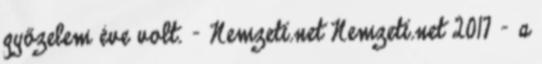
győzelem éve volt. - Nemzeti.net Nemzeti.net 2017 – a